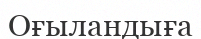
Оғыландыға